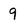
Character: 9